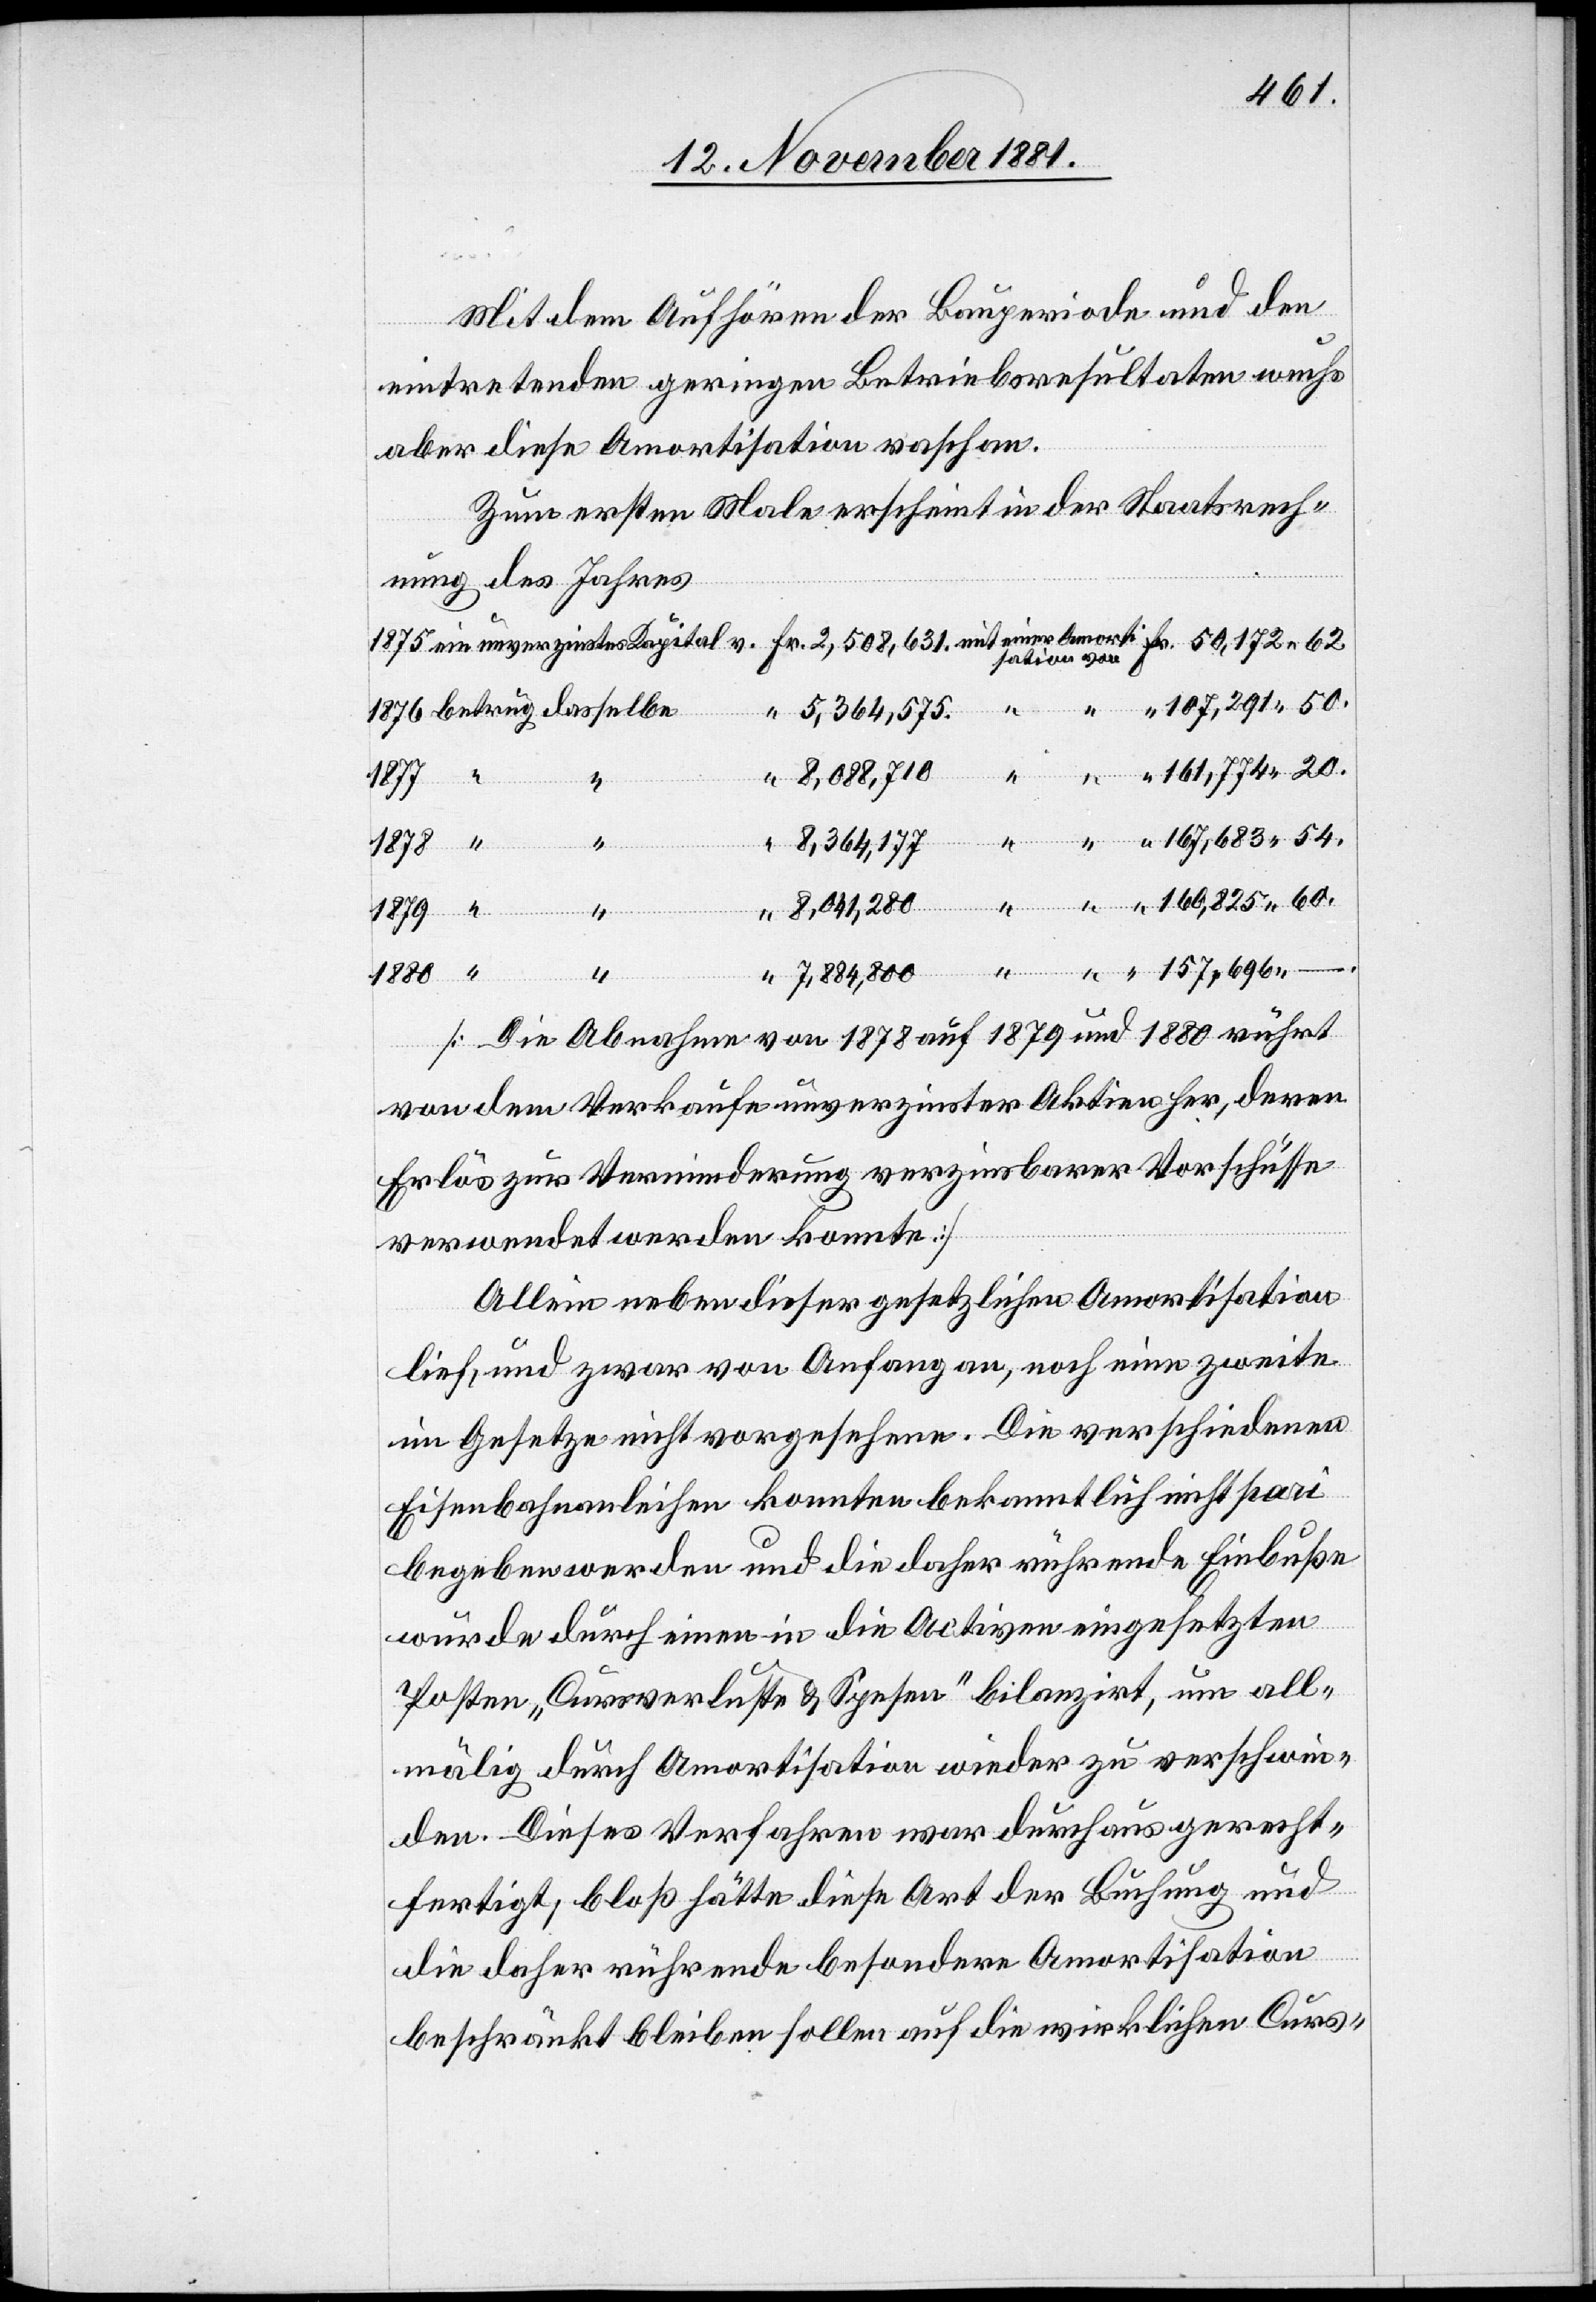
Mit dem Auffordern der Bauperiode und den
eintretenden geringen Betriebsresultaten wuchs
aber diese Amortisation rasch an.
Zum ersten Male erscheint in der Staatsrech¬
nung des Jahres
1875 ein unverzinstes Kapital v. Fr. 2,508,631. mit einer Amortisation von Fr. 50,172 62.
5,364,575. “ “ “ 107,291 50.
1876 betrug dasselbe
8,088,710 “ “ “ 161,774 20.
8,364,177 “ “ “ 167,683 54.
1878 “
“ 8,041,280 “ “ “ 160,825 60.
1879 “
“ 7,884,800 “ “ “ 157,696 –
1880 “
[Die Abnahmen von 1878 auf 1879 und 1880 rührt
von dem Verkaufe unverzinster Aktien her, deren
Erlös zur Verminderung verzinsbarer Vorschüsse
.
verwendet werden konnte.]
Allein neben dieser gesetzlichen Amortisation
lief, und zwar von Anfang an, noch eine zweite
im Gesetze nicht vorgesehene. Die verschiedenen
Eisenbahnanleihen konnten bekanntlich nicht pari
begeben werden und die daher rührende Einbuße
wurde durch einen in die Activen eingesetzten
Posten „Cursverluste & Spesen“ bilanzirt, um all¬
mälig durch Amortisation wieder zu verschwin¬
den. Dieses Verfahren war durchaus gerecht¬
fertigt; bloß hätte diese Art der Buchung und
die daher rührende besondere Amortisation
beschränkt bleiben sollen auf die wirklichen Curs-